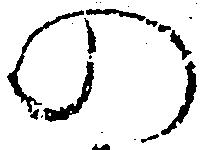
の